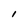
Character: l